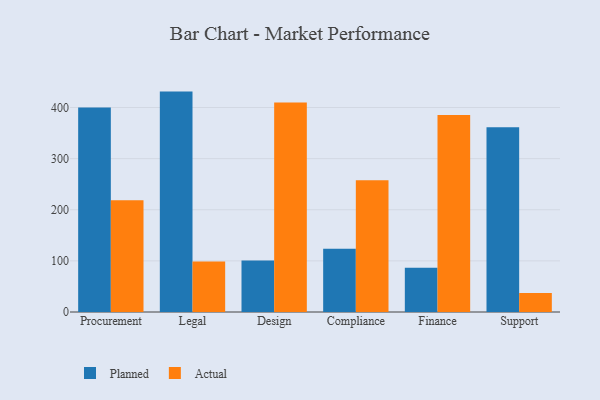
{"axis": {"x": "Department", "y": "Headcount"}, "legend": ["Actual", "Planned"], "data": [{"x": "Procurement", "y": 400.0, "type": "Planned"}, {"x": "Procurement", "y": 218.8, "type": "Actual"}, {"x": "Legal", "y": 431.1, "type": "Planned"}, {"x": "Legal", "y": 98.7, "type": "Actual"}, {"x": "Design", "y": 100.8, "type": "Planned"}, {"x": "Design", "y": 409.9, "type": "Actual"}, {"x": "Compliance", "y": 123.9, "type": "Planned"}, {"x": "Compliance", "y": 257.6, "type": "Actual"}, {"x": "Finance", "y": 86.6, "type": "Planned"}, {"x": "Finance", "y": 385.5, "type": "Actual"}, {"x": "Support", "y": 361.5, "type": "Planned"}, {"x": "Support", "y": 37.0, "type": "Actual"}]}